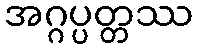
အဂ္ဂပ္ပတ္တဿ